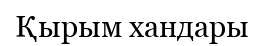
Қырым хандары